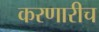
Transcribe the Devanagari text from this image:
करणारीच